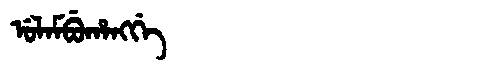
Manchu: ᡠᠯᠠᠮᠪᡠᡥᠠᠩᡤᡝ
Romanization: ULAMBUHANGGE